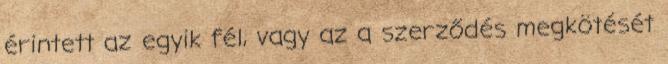
érintett az egyik fél, vagy az a szerződés megkötését